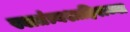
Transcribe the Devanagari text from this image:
स्वातंत्र्यशाहिराच्या